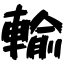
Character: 輸